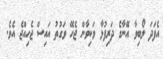
އެފަދަ ލޯބިވާ އޭނާގެ ދަރިފުޅާ ވަކިވާން ޖެހޭ ވަގުތު އައިސް ޖެހިއްޖެ އެވެ.